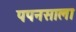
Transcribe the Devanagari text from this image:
पपनसाला